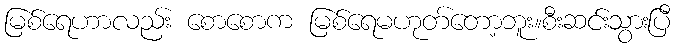
မြစ်ရေဟာလည်း စောစောက မြစ်ရေမဟုတ်တော့ဘူး။စီးဆင်းသွားပြီ